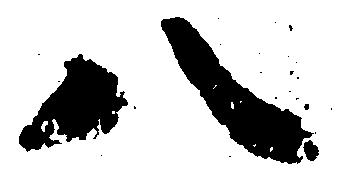
八